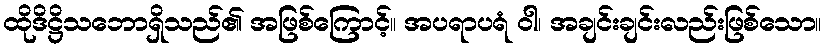
ထိုဒိဋ္ဌိသဘောရှိသည်၏ အဖြစ်ကြောင့်။ အပရာပရံ ဝါ၊ အချင်းချင်းလည်းဖြစ်သော။